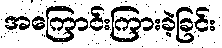
အကြောင်းကြားခဲ့ခြင်း